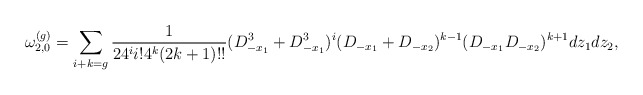
\begin{align*}\omega^{(g)}_{2,0}=\sum_{i+k=g}\frac{1}{24^{i} i!4^k(2k+1)!!}(D_{-x_1}^{3}+D_{-x_1}^3)^{i}(D_{-x_1}+D_{-x_2})^{k-1}(D_{-x_1}D_{-x_2})^{k+1}dz_1dz_2,\end{align*}